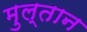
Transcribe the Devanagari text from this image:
मुल्‍तान